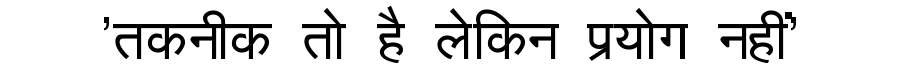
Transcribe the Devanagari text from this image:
'तकनीक तो है लेकिन प्रयोग नहीं'